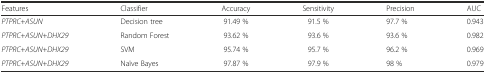
<table><thead><tr><td><b>Features</b></td><td><b>Classifier</b></td><td><b>Accuracy</b></td><td><b>Sensitivity</b></td><td><b>Precision</b></td><td><b>AUC</b></td></tr></thead><tbody><tr><td><i>PTPRC</i>+<i>ASUN</i></td><td>Decision tree</td><td>91.49 %</td><td>91.5 %</td><td>97.7 %</td><td>0.943</td></tr><tr><td><i>PTPRC</i>+<i>ASUN</i>+<i>DHX29</i></td><td>Random Forest</td><td>93.62 %</td><td>93.6 %</td><td>93.6 %</td><td>0.982</td></tr><tr><td><i>PTPRC</i>+<i>ASUN</i>+<i>DHX29</i></td><td>SVM</td><td>95.74 %</td><td>95.7 %</td><td>96.2 %</td><td>0.969</td></tr><tr><td><i>PTPRC</i>+<i>ASUN</i>+<i>DHX29</i></td><td>Naïve Bayes</td><td>97.87 %</td><td>97.9 %</td><td>98 %</td><td>0.979</td></tr></tbody></table>